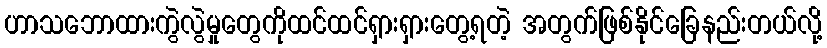
ဟာသဘောထားကွဲလွဲမှုတွေကိုထင်ထင်ရှားရှားတွေ့ရတဲ့ အတွက်ဖြစ်နိုင်ခြေနည်းတယ်လို့